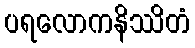
ပရလောကနိဿိတံ